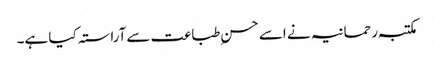
مکتبہ رحمانیہ نے اسے حسن ِطباعت سےآراستہ کیا ہے۔